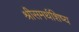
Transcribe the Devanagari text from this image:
श्रीसमर्थशिष्य